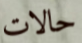
حالات